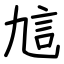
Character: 訄